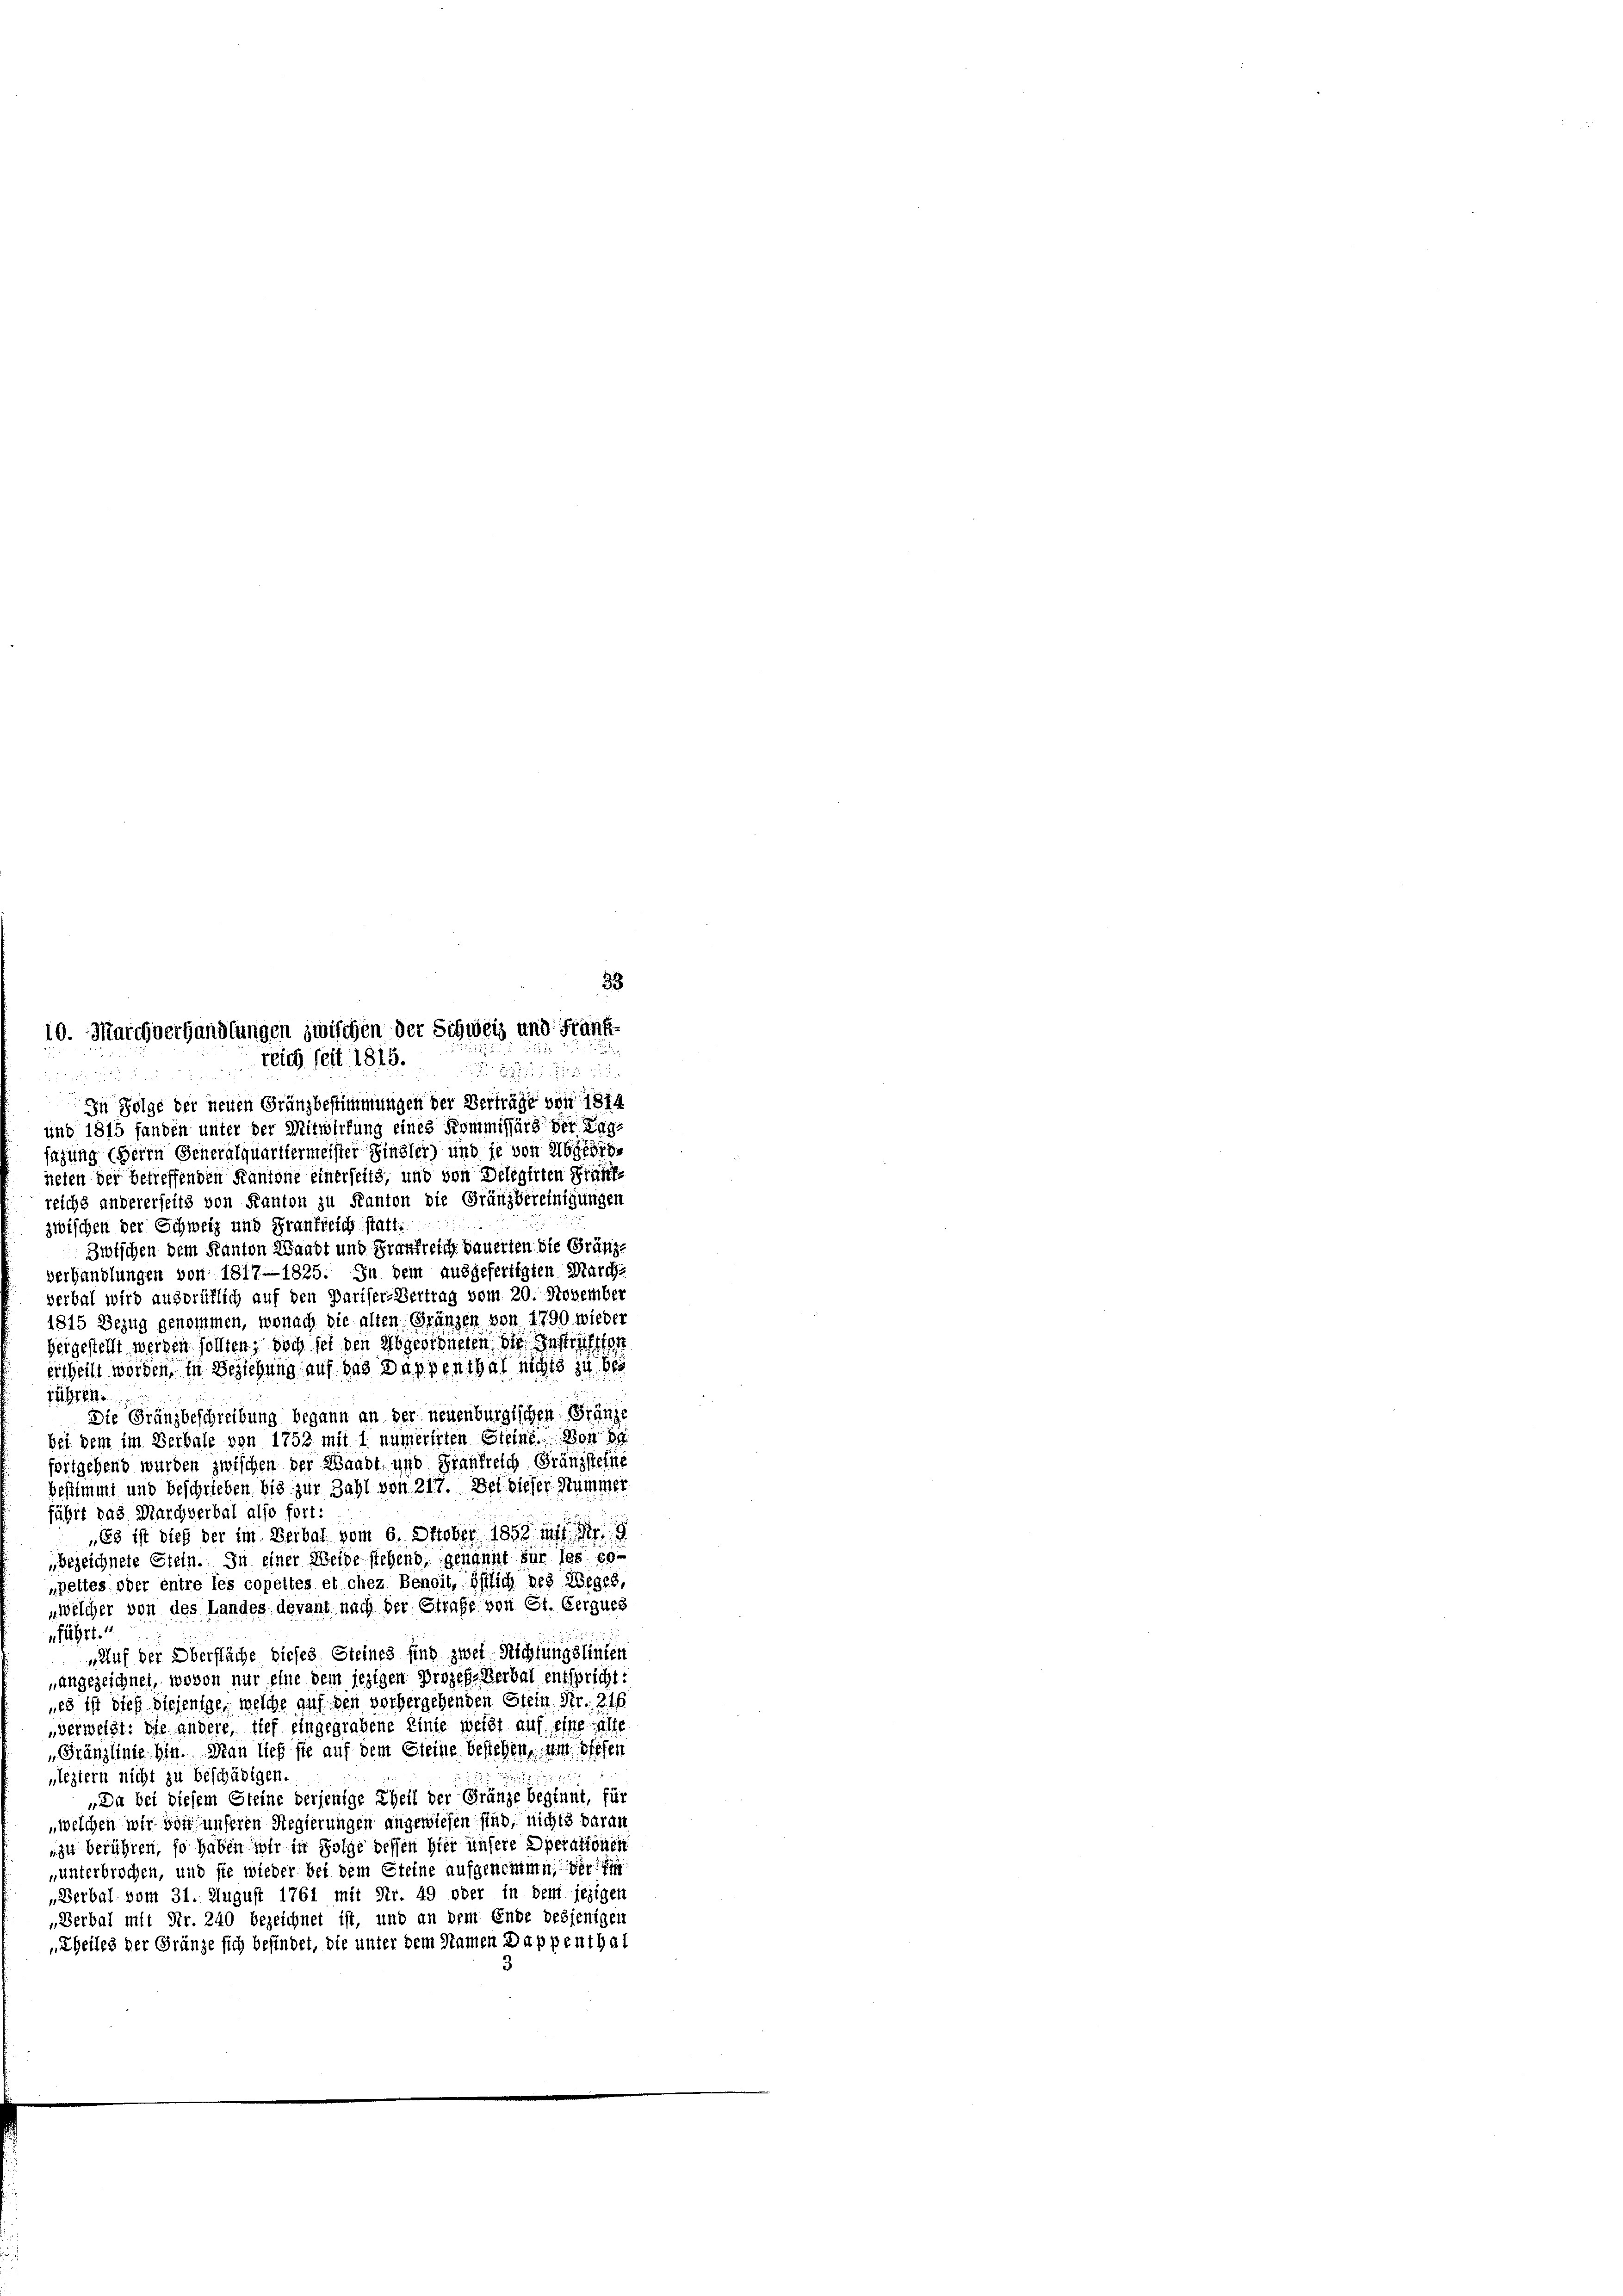
33

10. Marchverhandlungen zwischen der Schweiz und Frank-
Teig seit 1815.
 225 3
 10.

In Folge der neuen Gränzbestimmungen der Verträge von 1814
und 1815 fanden unter der Mitwirkung eines Kommissärs der Kansazung Herrn Generalquartiermeister Finsler) und je von Abgeordneten der betreffenden Kantone einerseits, und von Delegirten Prüff
reichs andererseits von Kanton zu Kanton die Gränzbereinigungen
zwischen der Schweiz und Frankreich statt:
Zwischen dem Kanton Waadt und Frankreich dauerten die Gränzverhandlungen von 1817—1825. In dem ausgefertigten March-
verbal wird ausbrüflich auf den Pariser-Vertrag vom 20. November
1815 Bezug genommen, wonach die alten Gränzen von 1790, wieder
heigestellt werden sollten, doch sei den Abgeordneten die Instrafften
ertheilt worden, in Beziehung auf das Dappenthal nichts zu bes
rühren
Die Gränzbeschreibung begann an der neuenburgischen Gränze
bei dem im Beibale von 1752 mit 1 numerirten Steine. Von de
fortgehend wurden zwischen der Waadt und Frankreich Gränzsteine
bestimmt und beschrieben bis zur Zahl von 217. Bei dieser Summer
fährt das Marchverbal also fort:
„Es ist dieß der im Beibal vom 6. Oktober 1858 ff. Fr. 9
„bezeichnete Stein. In einer Weide stehend, genannt sur les co-
„peltes oder entre les copeltes et chez Benoit, östlich des Weges,
„welcher von des Landes devant nach der Strafe von St. Gerques
nführt.
„Auf der Oberfläche dieses, Steines sind zwei Richtungslinten
„angezeichnet, wovon nur eine dem jezigen Prozes-Verbal entspricht:
ues ist dies diejenige, welche auf den vorhergehenden Stein Nr. 216
verweist: die andere, tief eingegrabene Linie weist auf eine alte
Gränzlinie bin. Man lief sie auf dem Steine bestehen, um diesen
„leztern nicht zu beschädigen.
„Da bei diesem Steine derjenige Theil der Gränze beginnt, für
„welchen wir von unseren Regierungen angewiesen sind, nichts daran
zu berühren, so haben wir in Folge dessen hier unsere Operationen
„unterbrochen, und sie wieder bei dem Steine aufgenomme, der
„Berbal vom 31. August 1761 mit Nr. 49 oder in dem jezigen
„Berbal mit Nr. 240 bezeichnet ist, und an dem Ende desjenigen
„Theiles der Gränze sich befindet, die unter dem Namen Dappenthal